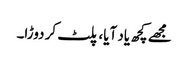
مجھے کچھ یاد آیا، پلٹ کر دوڑا۔